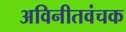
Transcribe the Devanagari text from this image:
अविनीतवंचक